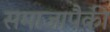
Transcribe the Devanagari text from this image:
समाजापैकी